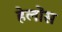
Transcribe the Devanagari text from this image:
हेलोंस